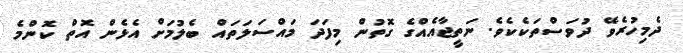
ދެމިހުރެވޭ ދުވަސްތަކެކެވެ. ނަތީޖާއެއްގެ ގޮތުން މިފަދަ މައްސަލަތައް ބެލުމަށް އެޅެން އޮތް ކޮންމެ